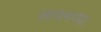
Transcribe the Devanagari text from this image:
लायनच्या